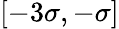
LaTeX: [-3\sigma,-\sigma]